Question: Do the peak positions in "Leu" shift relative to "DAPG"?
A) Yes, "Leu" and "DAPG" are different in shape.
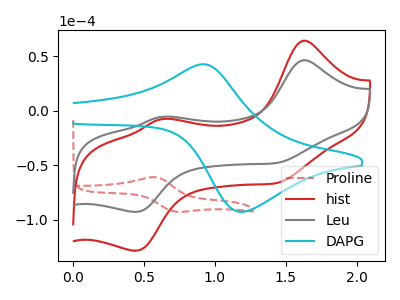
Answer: <think>The red dashed curve "Proline" has an anodic peak at (0.60V, -60.90uA) and a cathodic peak at (0.75V, -92.55uA). The red curve "hist" has anodic peaks at (1.60V, 64.45uA) (0.65V, -7.45uA) and cathodic peaks at (1.45V, -65.90uA) (0.45V, -128.40uA). The gray curve "Leu" has anodic peaks at (1.60V, 46.55uA) (0.65V, -5.35uA) and cathodic peaks at (1.45V, -47.60uA) (0.45V, -92.75uA). The cyan curve "DAPG" has an anodic peak at (0.90V, 42.75uA) and a cathodic peak at (1.20V, -92.65uA).
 "Leu" and "DAPG" have a different number of peaks.</think>
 <answer>A) Yes, "Leu" and "DAPG" are different in shape.</answer>
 <eval>A</eval>